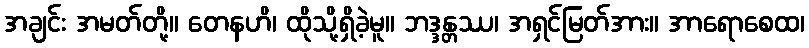
အချင်း အမတ်တို့။ တေနဟိ၊ ထိုသို့ရှိခဲ့မူ။ ဘဒ္ဒန္တဿ၊ အရှင်မြတ်အား။ အာရောစေထ၊